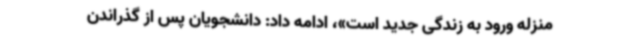
منزله ورود به زندگی‌ جدید است»، ادامه داد: دانشجویان پس از گذراندن